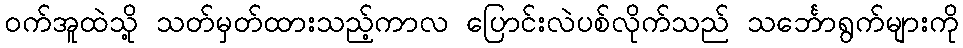
ဝက်အူထဲသို့ သတ်မှတ်ထားသည့်ကာလ ပြောင်းလဲပစ်လိုက်သည် သင်္ဘောရွက်များကို